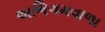
અભિગમવાળા